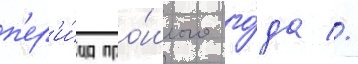
п'ер'и́од про́шлого го́да //